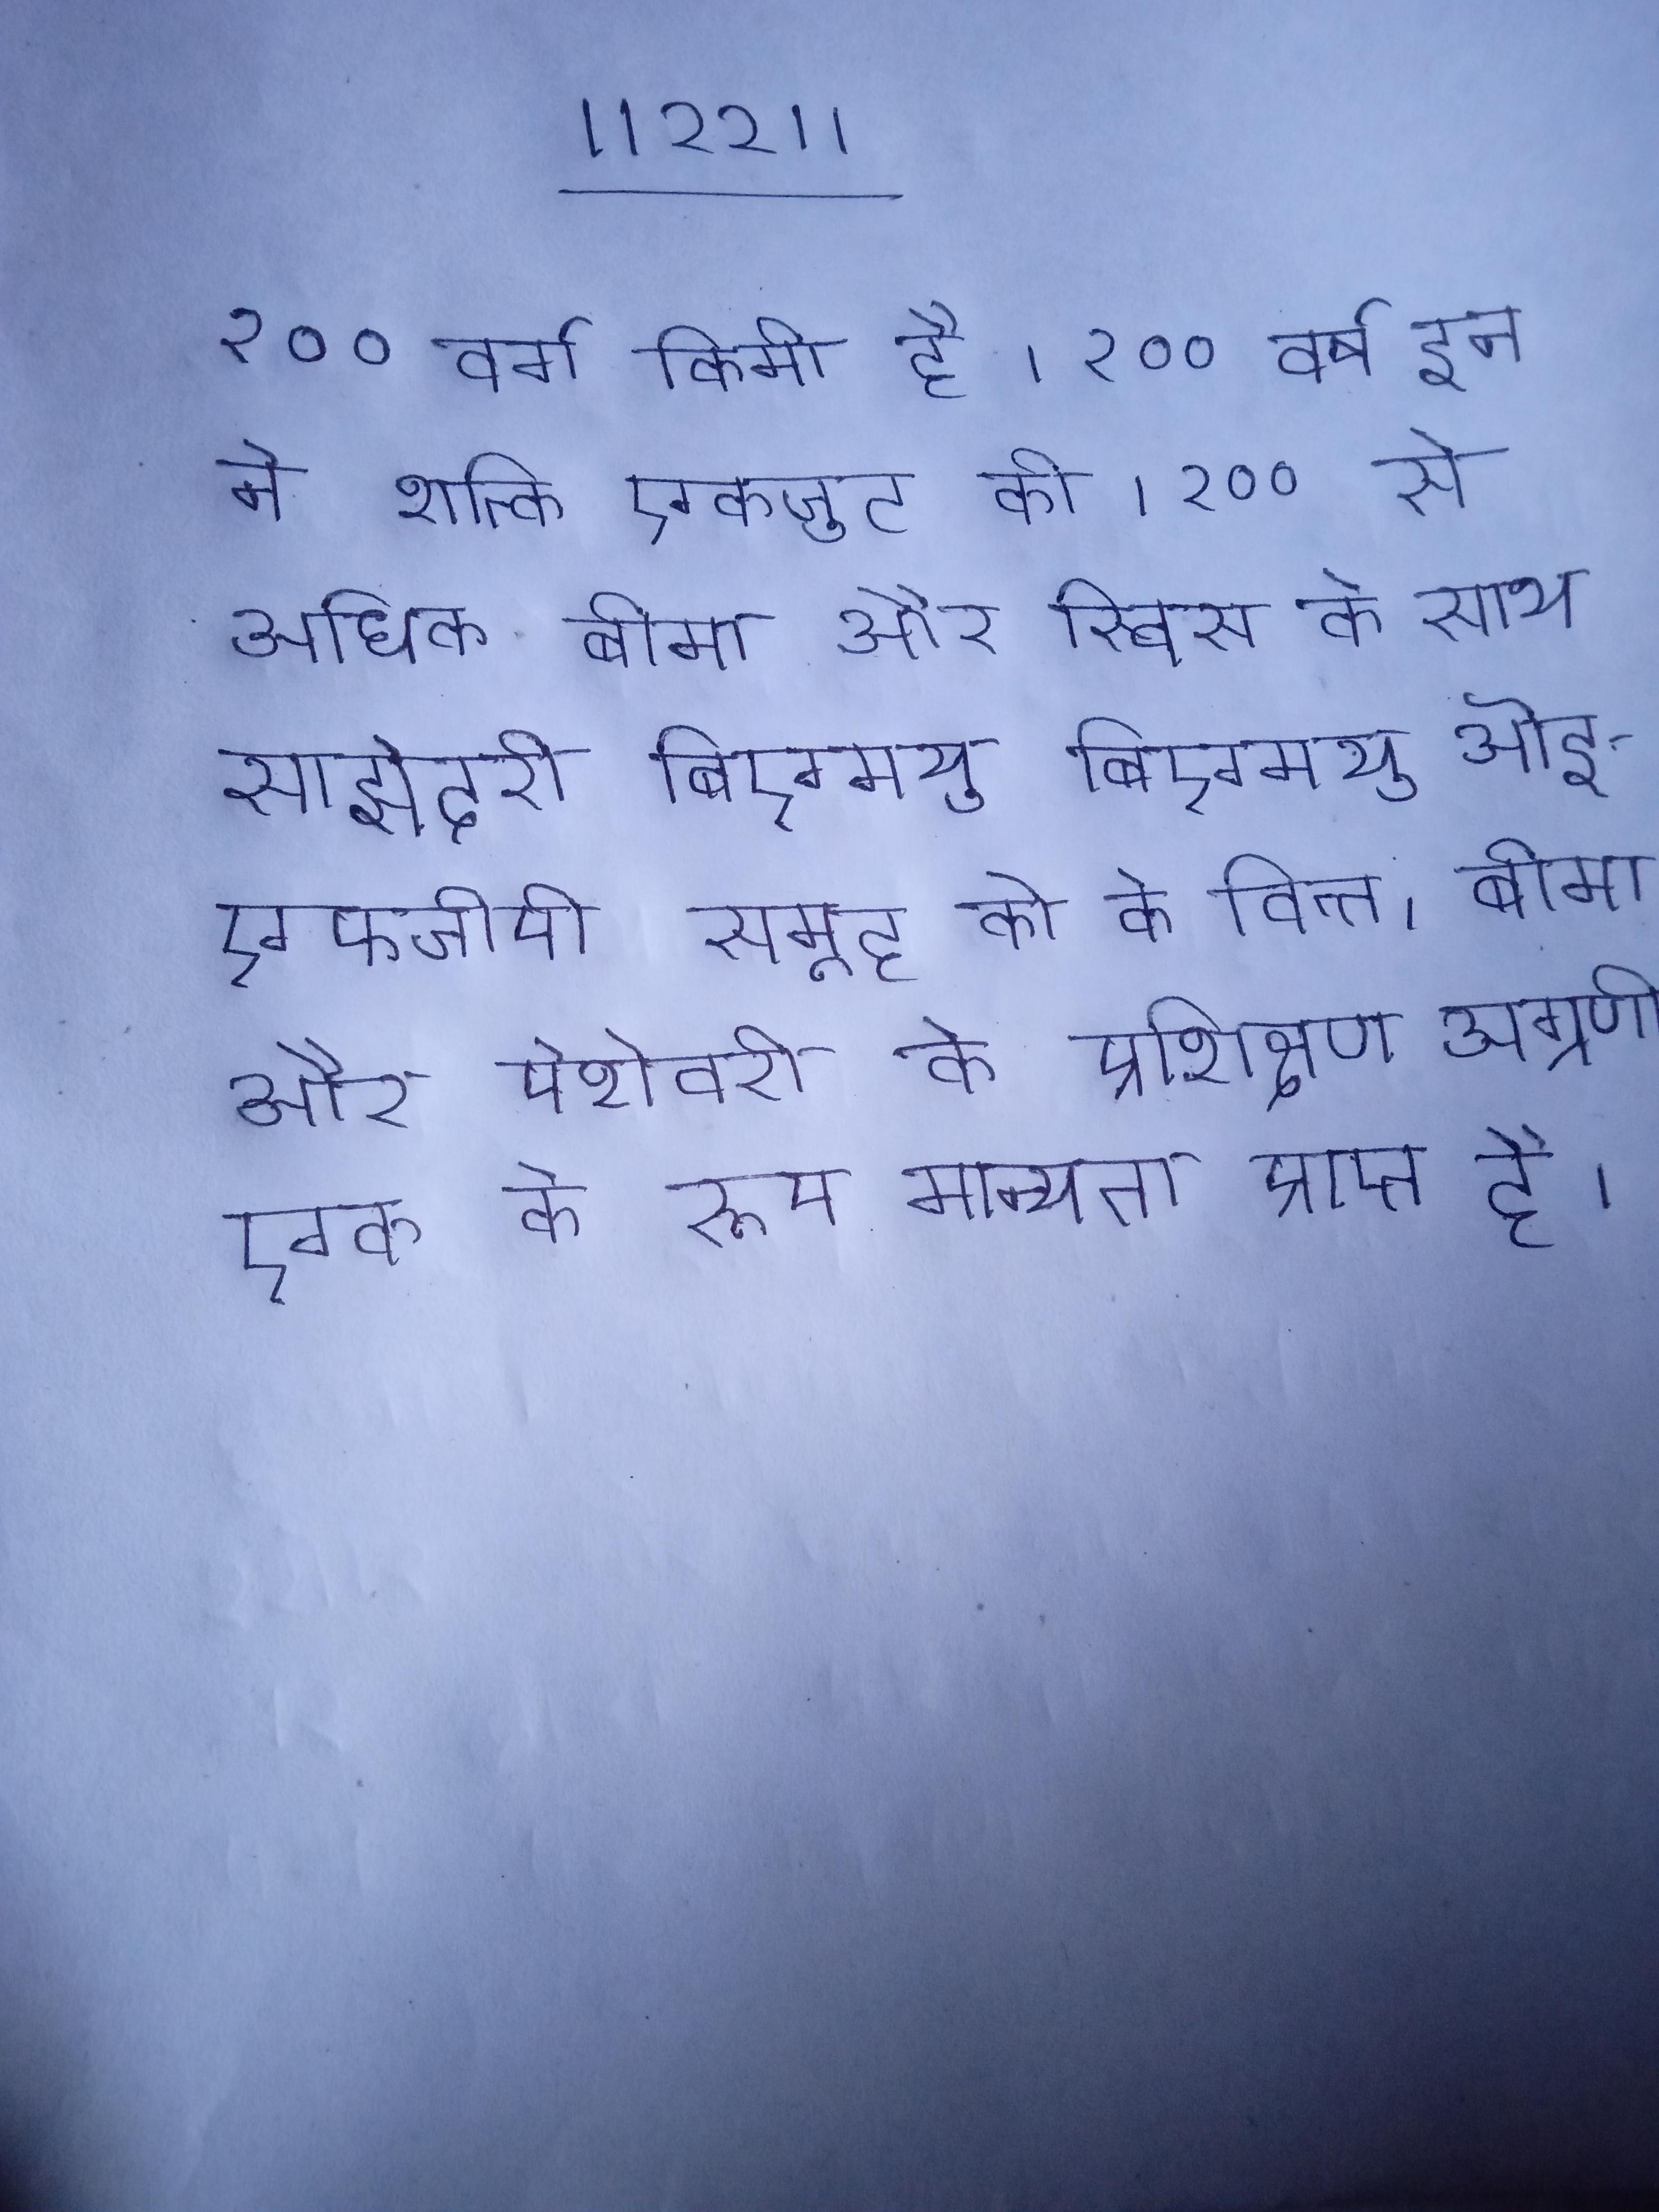
२०० वर्ग किमी है । २०० वर्ष इन ने शक्ति एकजुट की । २०० से अधिक बीमा और स्विस के साथ साझेदरी बिएमयु आइएफजीपी समूह को के वित्त, बीमा और पेशेवरो के प्रशिक्षण अग्रणी एक के रूप मान्यता प्राप्त है ।